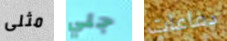
مثلى جلي دفاعات